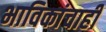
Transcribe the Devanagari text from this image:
भाविकांचाही